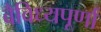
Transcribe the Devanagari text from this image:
वैविध्यपूर्णा